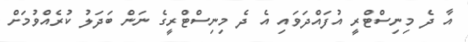
އާ ދެ މިނިސްޓްރީ އުފައްދަވައި އެ ދެ މިނިސްޓްރީގެ ނަން ބަދަލު ކުރެއްވުމަށް